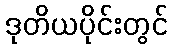
ဒုတိယပိုင်းတွင်